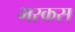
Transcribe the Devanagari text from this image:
भरकस